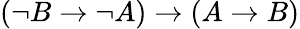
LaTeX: (\neg B\to\neg A)\to(A\to B)